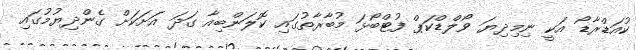
ކުއަޑްރާޑޯ އަކީ ނިމިދިޔަ ވޯލްޑްކަޕް ފުޓްބޯޅަ މުބާރާތުގައި ކޮލަންބިއާ ގަދަ އަށަކަށް ގެންދިޔުމުގައި